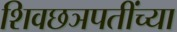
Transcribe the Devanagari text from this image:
शिवछञपतींच्या